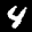
Label: 4